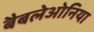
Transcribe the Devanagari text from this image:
बैबलेओनिया